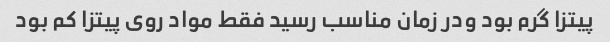
پیتزا گرم بود ودر زمان مناسب رسید فقط مواد روی پیتزا کم بود